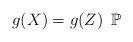
LaTeX: \begin{align*}g(X)=g(Z) \,\,\,\mathbb{P}\end{align*}